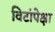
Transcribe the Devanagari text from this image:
विटांपेक्षा